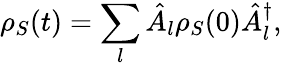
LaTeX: \rho_{S}(t)=\sum_{l}{\hat{A}}_{l}\rho_{S}(0){\hat{A}}_{l}^{\dagger},